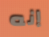
إنه